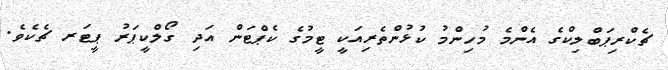
ޗެކްރިޕަބްލިކްގެ އެންމެ މުހިންމު ކުޅުންތެރިއަކީ ޓީމުގެ ކެޕްޓަން އަދި ގޯލްކީޕަރު ޕީޓަރ ޗެކެވެ.